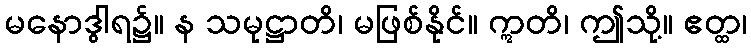
မနောဒွါရ၌။ န သမုဋ္ဌာတိ၊ မဖြစ်နိုင်။ ဣတိ၊ ဤသို့။ ဧတ္ထ၊